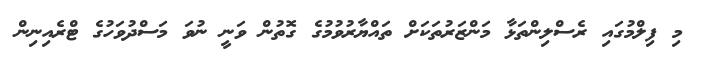
މި ފިލްމުގައި ރެސްލިންތަޅާ މަންޒަރުތަކަށް ތައްޔާރުވުމުގެ ގޮތުން ވަނީ ނުވަ މަސްދުވަހުގެ ޓްރެއިނިން